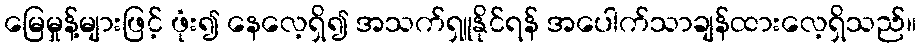
မြေမှုန့်များဖြင့် ဖုံး၍ နေလေ့ရှိ၍ အသက်ရှူနိုင်ရန် အပေါက်သာချန်ထားလေ့ရှိသည်။